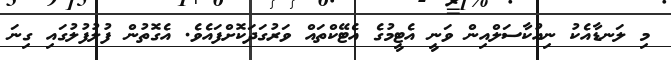
މި ލަނޑާއެކު ނިއުކާސަލްއިން ވަނީ އެޓީމުގެ އެޓޭކްތައް ވަރުގަދަކޮށްފައެވެ. އެގޮތުން ފުލުފުލުގައި ގިނަ